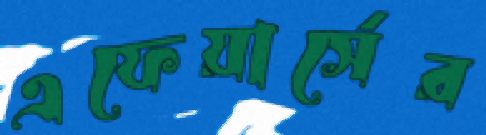
এফেয়ার্সের